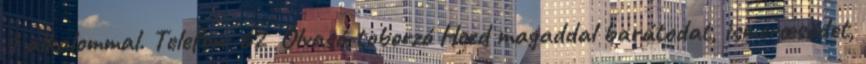
1 alkalommal. Telefon: 62 Olvasó-toborzó Hozd magaddal barátodat, ismerœsödet,